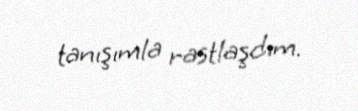
tanışımla rastlaşdım.